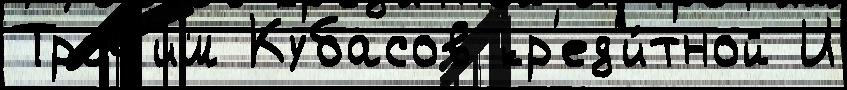
Троф'им Кубасов кр'ед'и́тной И